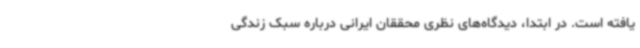
یافته است. در ابتدا، دیدگاه‌های نظری محققان ایرانی درباره سبک زندگی